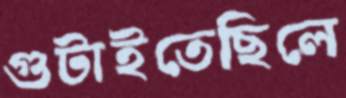
গুটাইতেছিলে